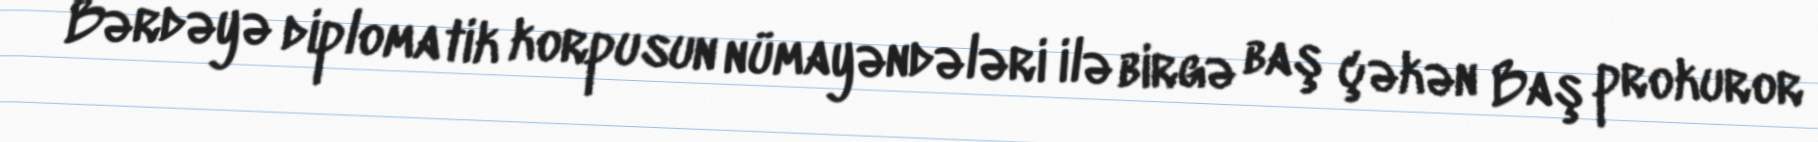
Bərdəyə diplomatik korpusun nümayəndələri ilə birgə baş çəkən Baş prokuror